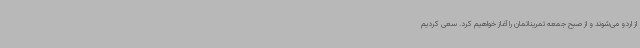
از اردو می‌شوند و از صبح جمعه تمریناتمان را آغاز خواهیم کرد. سعی کردیم